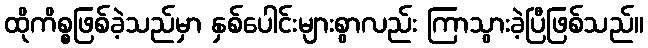
ထိုကိစ္စဖြစ်ခဲ့သည်မှာ နှစ်ပေါင်းများစွာလည်း ကြာသွားခဲ့ပြီဖြစ်သည်။